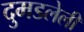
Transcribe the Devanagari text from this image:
दुमडलेली